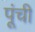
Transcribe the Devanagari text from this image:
पूंची